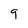
Character: 9